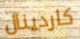
كاردينال